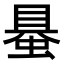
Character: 𧌪